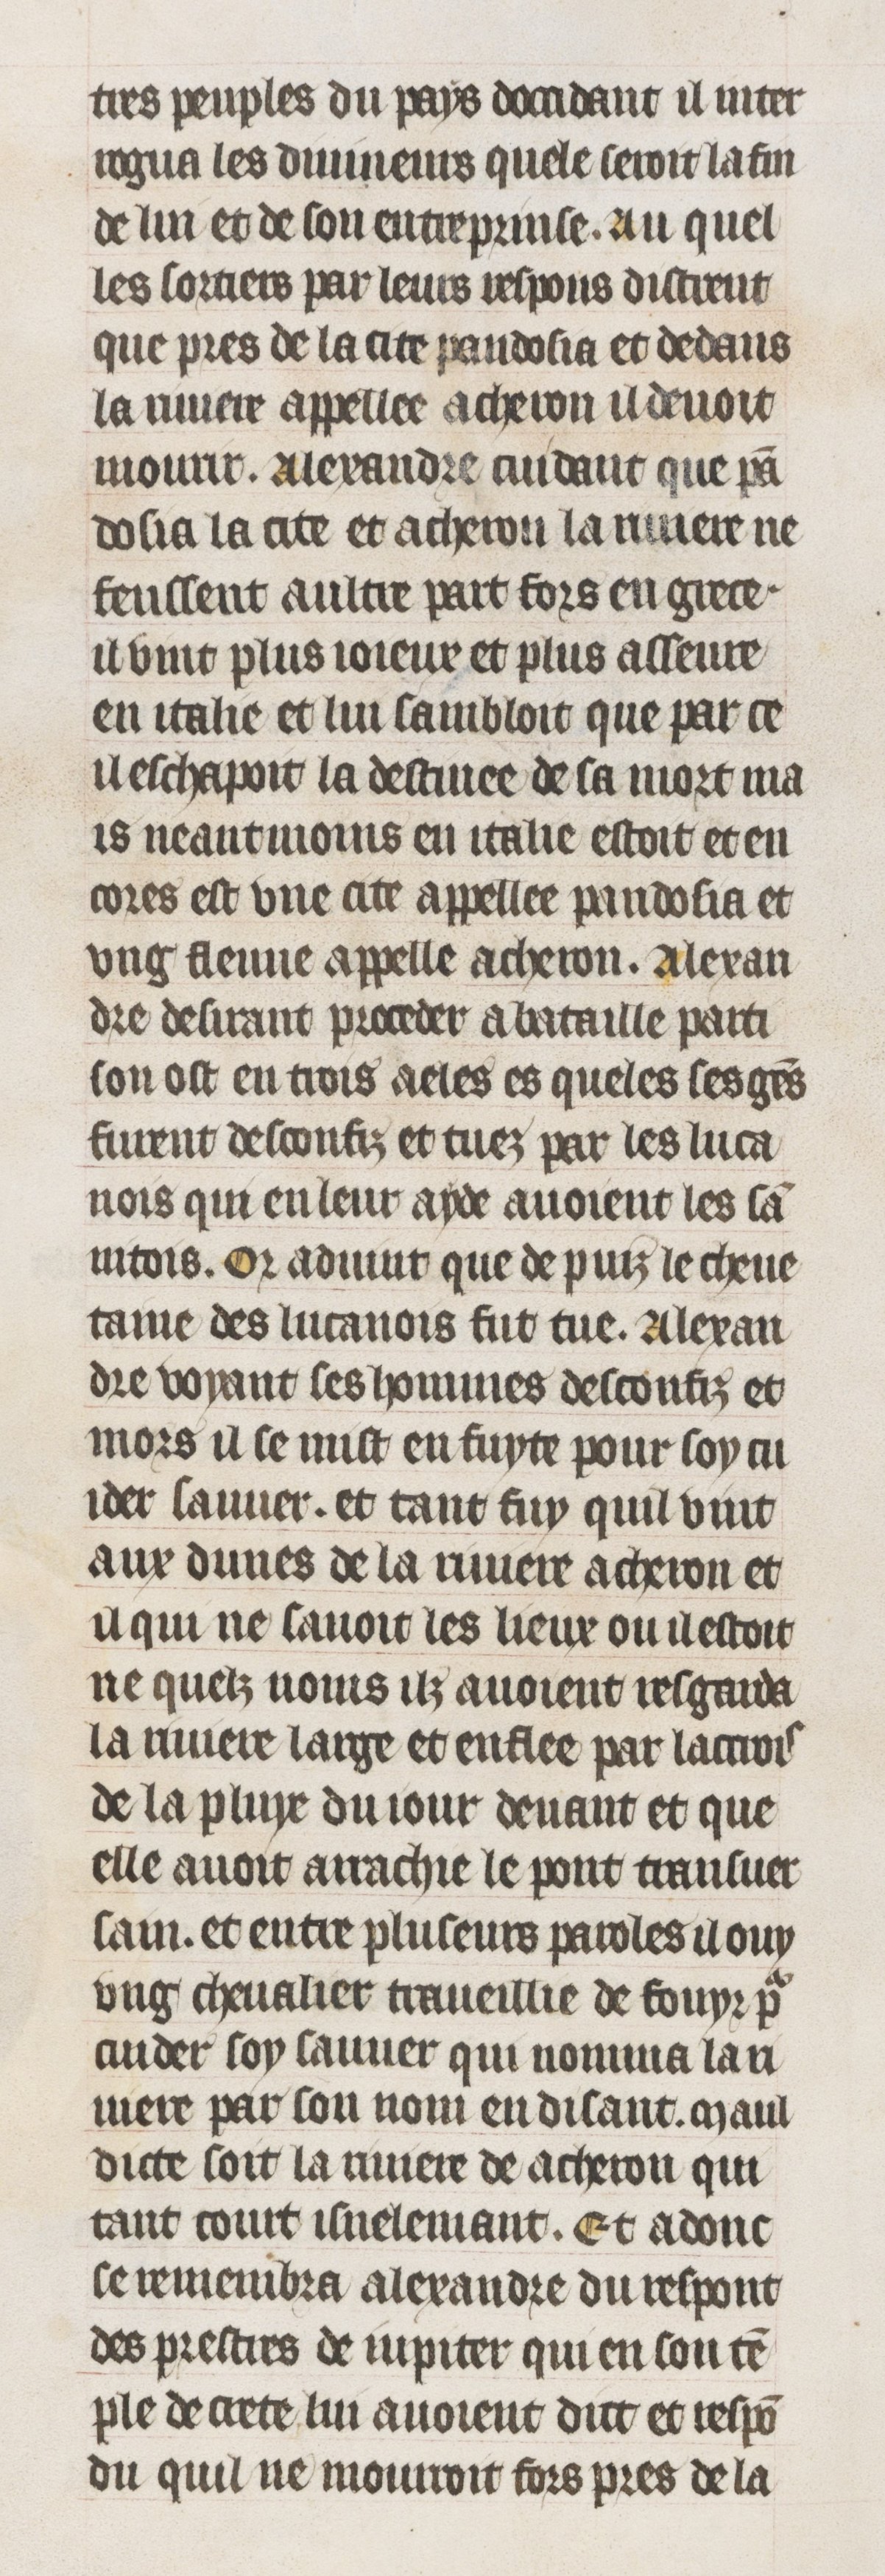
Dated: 1395–1425